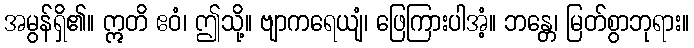
အမွန်ရှိ၏။ ဣတိ ဧဝံ၊ ဤသို့။ ဗျာကရေယျံ၊ ဖြေကြားပါအံ့။ ဘန္တေ၊ မြတ်စွာဘုရား။